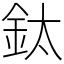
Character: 鈦